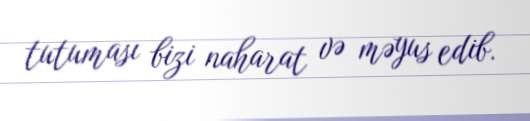
tutuması bizi naharat və məyus edib.